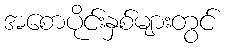
အစောပိုင်းနှစ်များတွင်